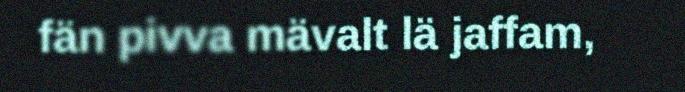
fän pivva mävalt lä jaffam,